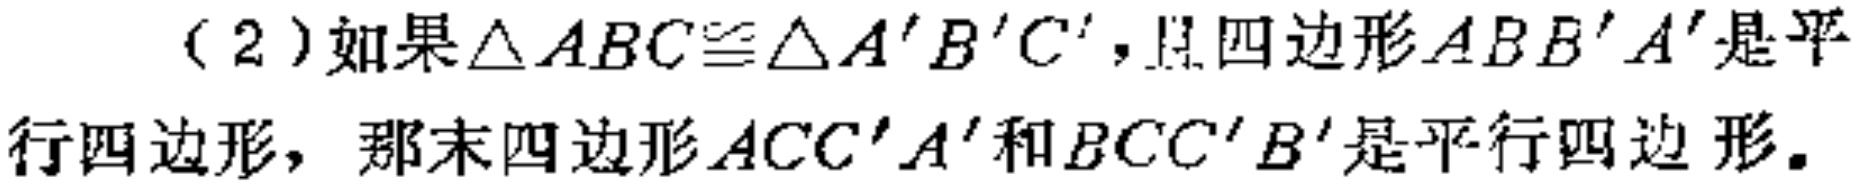
（2）如果$\triangle ABC\cong\triangle A'B'C'$，且四边形$ABB'A'$是平行四边形，那末四边形$ACC'A'$和$BCC'B'$是平行四边形。